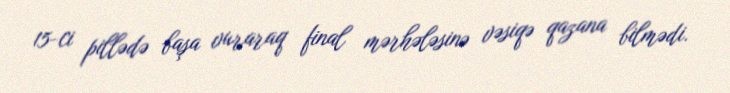
15-ci pillədə başa vuraraq final mərhələsinə vəsiqə qazana bilmədi.